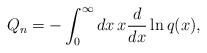
LaTeX: \begin{align*}Q_n=-\int_0^\infty dx\,x{d\over dx}\ln q(x),\end{align*}